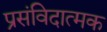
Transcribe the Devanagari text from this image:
प्रसंविदात्मक